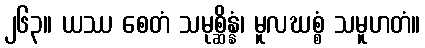
၂၆၃။ ယဿ စေတံ သမုစ္ဆိန္နံ၊ မူလဃစ္စံ သမူဟတံ။